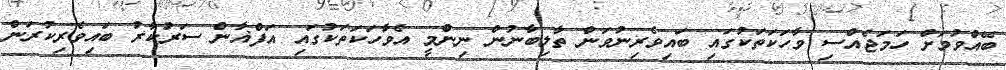
ބޭއްވުމަށް ހަމަޖެއްސި ވާހަކަތަކުގައި ބައިވެރިނުވަން ތާލިބާނުން ނިންމީ އެވާހަކަތަކުގައި އަފްޣާން ސަރުކާރު ބައިވެރިކުރަން